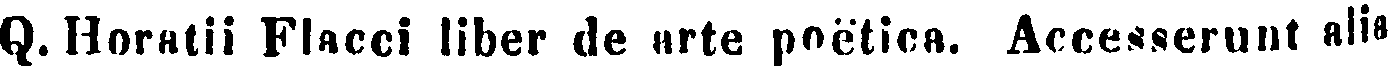
Q. Horatii Flacci liber de arte poëtica. Accesserunt alia